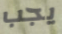
يجب